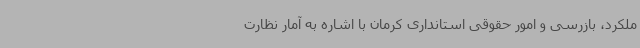
ملکرد، بازرسی و امور حقوقی استانداری کرمان با اشاره به آمار نظارت